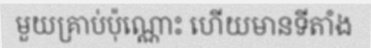
មួយគ្រាប់ប៉ុណ្ណោះ ហើយមានទីតាំង